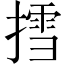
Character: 𢳬